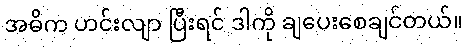
အဓိက ဟင်းလျာ ပြီးရင် ဒါကို ချပေးစေချင်တယ်။